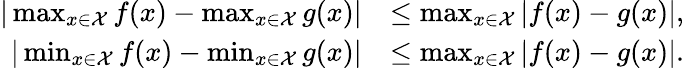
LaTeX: \begin{array}{rl}{|\operatorname*{max}_{x\in\mathcal{X}}f(x)-\operatorname*{max}_{x\in\mathcal{X}}g(x)|}&{\leq\operatorname*{max}_{x\in\mathcal{X}}|f(x)-g(x)|,}\\ {|\operatorname*{min}_{x\in\mathcal{X}}f(x)-\operatorname*{min}_{x\in\mathcal{X}}g(x)|}&{\leq\operatorname*{max}_{x\in\mathcal{X}}|f(x)-g(x)|.}\end{array}